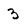
Character: 3